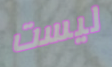
ليست